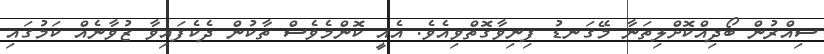
ސިއްރުން ބޯދިއްކޮށްލިތަނާ މޭގަނޑު ފިނިވާގޮތްވިއެވެ. އެއީ ކޮންމެވެސް ތާކުން ދެކެފައިވާ ޒުވާނެއް ކަމުގައި